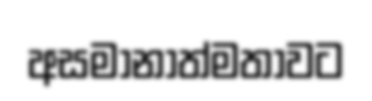
අසමානාත්මතාවට